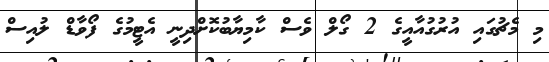
މި މެޗުގައި އުރުގުއާއީގެ 2 ގޯލް ވެސް ކާމިޔާބުކޮށްދިނީ އެޓީމުގެ ފޯވާޑް ލުއިސް